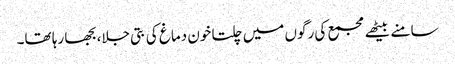
سامنے بیٹھے مجمع کی رگوں میں چلتا خون دماغ کی بتی جلا، بجھا رہا تھا۔